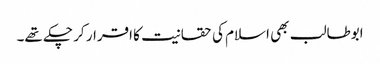
ابوطالب بھی اسلام کی حقانیت کا اقرار کر چکے تھے۔